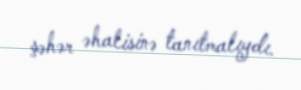
şəhər əhalisinə tanıtmalıydı.